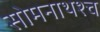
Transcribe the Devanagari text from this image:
सोमनाथश्च